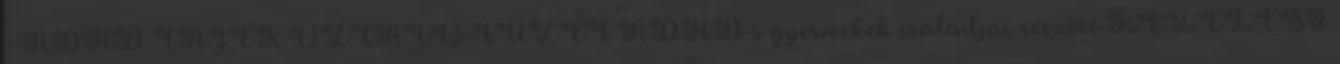
- ADHD TÁJÉKOZTATÓ FÜZET ADHD-s gyermekek családjai részére KEZELÉSI